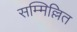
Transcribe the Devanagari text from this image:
सम्मिल्लित